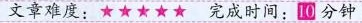
文章难度:★★★★★ 完成时间:10分钟